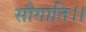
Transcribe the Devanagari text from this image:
सौगाति।।